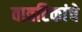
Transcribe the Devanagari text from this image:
वात्रटिकांचे